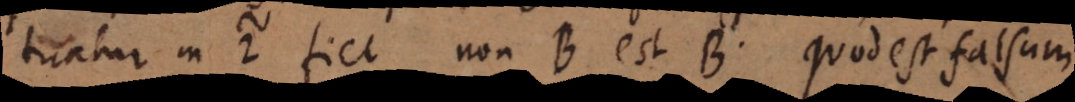
tuatur in 2, fiet non B est B, quod est falsum